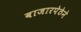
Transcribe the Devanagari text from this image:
बाजारपेठेने